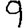
Digit: 9